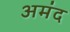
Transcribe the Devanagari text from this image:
अमंद